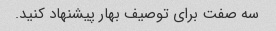
سه صفت برای توصیف بهار پیشنهاد کنید.